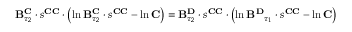
\begin{array} { r } { \mathbf { B } _ { \tau _ { 2 } } ^ { \mathbf { C } } \cdot s ^ { \mathbf { C C } } \cdot \left( \ln \mathbf { B } _ { \tau _ { 2 } } ^ { \mathbf { C } } \cdot s ^ { \mathbf { C C } } - \ln \mathbf { C } \right) = \mathbf { B } _ { \tau _ { 2 } } ^ { \mathbf { D } } \cdot s ^ { \mathbf { C C } } \cdot \left( \ln \mathbf { B ^ { \mathbf { D } } } _ { \tau _ { 1 } } \cdot s ^ { \mathbf { C C } } - \ln \mathbf { C } \right) } \end{array}